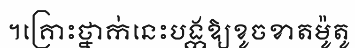
។គ្រោះថ្នាក់នេះបង្កឱ្យខូចខាតម៉ូតូ